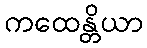
ကထေန္တိယာ